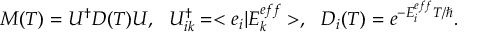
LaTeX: M ( T ) = U ^ { \dagger } D ( T ) U , ~ ~ U _ { i k } ^ { \dagger } = < e _ { i } | E _ { k } ^ { e f f } > , ~ ~ D _ { i } ( T ) = e ^ { - E _ { i } ^ { e f f } T / \hbar } .